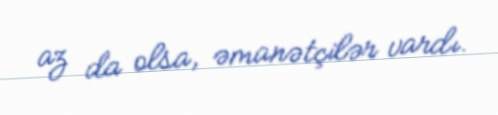
az da olsa, əmanətçilər vardı.